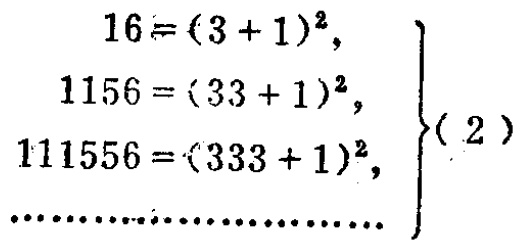
\[

\begin{align*}

16&=(3 + 1)^2,\\

1156&=(33 + 1)^2,\\

111556&=(333 + 1)^2,\\

&\cdots\cdots\cdots\cdots\cdots\cdots\cdots\cdots

\end{align*}

\}\left( 2 \right)

\]